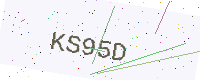
Text: KS95D